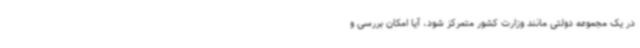
در یک مجموعه دولتی مانند وزارت کشور متمرکز شود، آیا امکان بررسی و